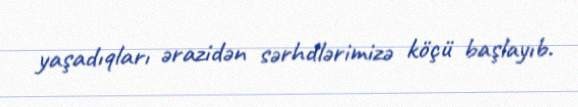
yaşadıqları ərazidən sərhdlərimizə köçü başlayıb.